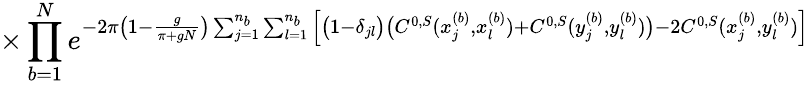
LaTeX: \times\prod_{b=1}^{N}e^{-2\pi\big(1-\frac{g}{\pi+gN}\big)\sum_{j=1}^{n_{b}}\sum_{l=1}^{n_{b}}\Big[\big(1-\delta_{jl}\big)\big(C^{0,S}(x_{j}^{(b)},x_{l}^{(b)})+C^{0,S}(y_{j}^{(b)},y_{l}^{(b)})\big)-2C^{0,S}(x_{j}^{(b)},y_{l}^{(b)})\Big]}